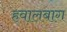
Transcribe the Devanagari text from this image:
हवालबाग